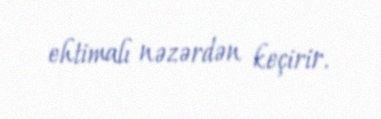
ehtimalı nəzərdən keçirir.